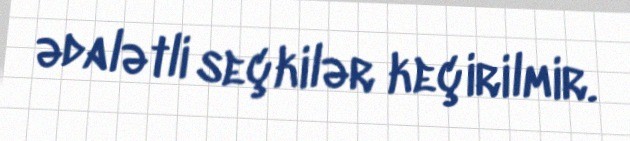
ədalətli seçkilər keçirilmir.